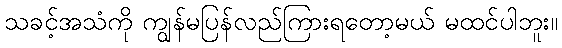
သခင့်အသံကို ကျွန်မပြန်လည်ကြားရတော့မယ် မထင်ပါဘူး။